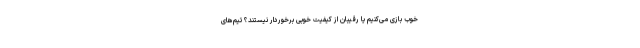
خوب بازی می‌کنیم یا رقیبان از کیفیت خوبی برخوردار نیستند؟ تیم‌های